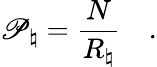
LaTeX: \mathscr{P}_{\natural}={\frac{{N}}{{R_{\natural}}}}\quad.